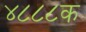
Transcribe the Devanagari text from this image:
४८८८क